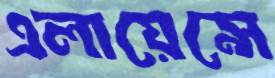
এলায়েন্সে